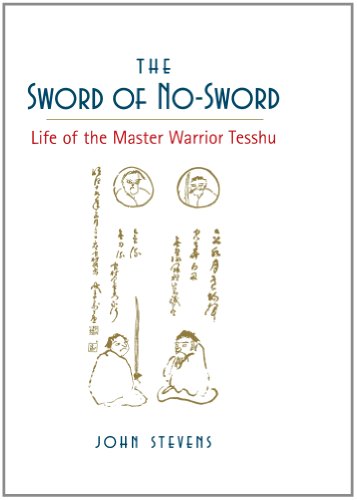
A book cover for The Sword of No-Sword: Life of the Master Warrior Tesshu; John Stevens; Biographies & Memoirs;